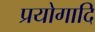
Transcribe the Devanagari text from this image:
प्रयोगादि